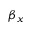
\beta _ { x }